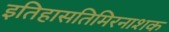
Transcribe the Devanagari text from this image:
इतिहासतिमिरनाशक